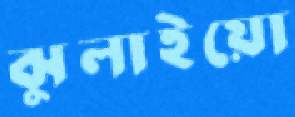
ঝুলাইয়ো